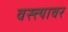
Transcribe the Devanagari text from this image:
वस्त्त्यावर